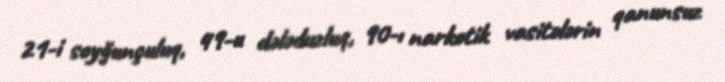
21-i soyğunçuluq, 49-u dələduzluq, 90-ı narkotik vasitələrin qanunsuz